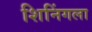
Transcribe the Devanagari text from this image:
शिनिंगला